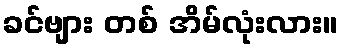
ခင်ဗျား တစ် အိမ်လုံးလား။